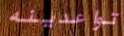
تواعدينه